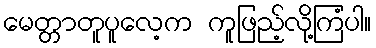
မေတ္တာတူပူလေ့က ကူဖြည့်လို့ကြံပါ။